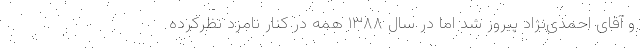
و آقای احمدی‌نژاد پیروز شد اما در سال ۱۳۸۸ همه در کنار نامزد نظرکرده